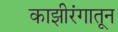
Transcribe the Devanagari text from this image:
काझीरंगातून